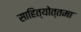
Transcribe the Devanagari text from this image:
साहित्योत्तमा